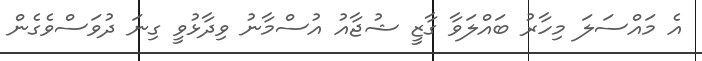
އެ މައްސަލަ މިހާރު ބައްލަވާ ގާޒީ ޝުޖާއު އުސްމާނު ވިދާޅުވީ ގިނަ ދުވަސްވެގެން